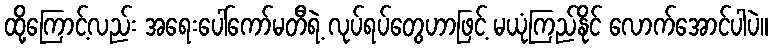
ထို့ကြောင့်လည်း အရေးပေါ်ကော်မတီရဲ့ လုပ်ရပ်တွေဟာဖြင့် မယုံကြည်နိုင် လောက်အောင်ပါပဲ။